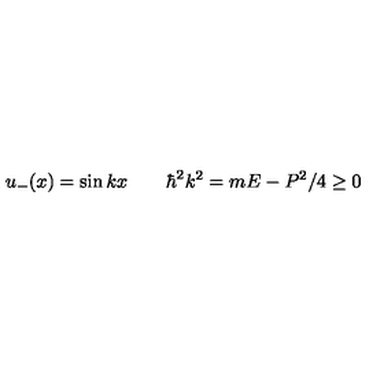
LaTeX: u _ { - } ( x ) = \sin k x \qquad \hbar ^ { 2 } k ^ { 2 } = m E - P ^ { 2 } / 4 \ge 0